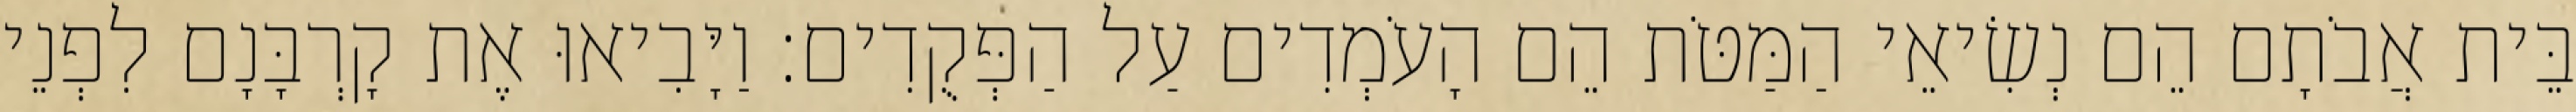
בֵּית אֲבֹתָם הֵם נְשִׂיאֵי הַמַּטֹּת הֵם הָעֹמְדִים עַל הַפְּקֻדִים׃ וַיָּבִיאוּ אֶת קָרְבָּנָם לִפְנֵי